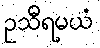
ဥသီရမယံ